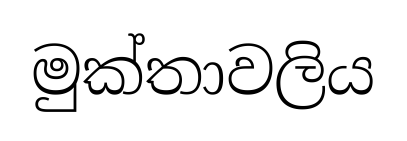
මුක්තාවලිය